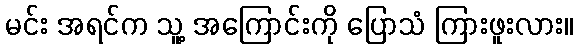
မင်း အရင်က သူ့ အကြောင်းကို ပြောသံ ကြားဖူးလား။